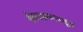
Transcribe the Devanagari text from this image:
क्षेत्ररक्षकाकडून